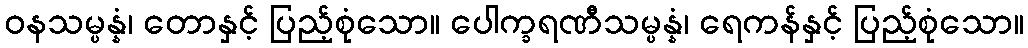
ဝနသမ္ပန္နံ၊ တောနှင့် ပြည့်စုံသော။ ပေါက္ခရဏီသမ္ပန္နံ၊ ရေကန်နှင့် ပြည့်စုံသော။